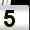
Digit: 5